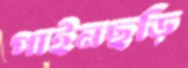
পাইনছড়ি